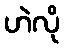
ဟဲလို